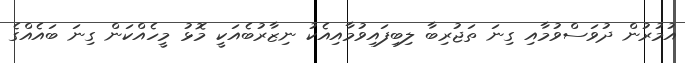
އުމުރުން ދުވަސްވުމާއި ގިނަ ތަޖުރިބާ ލިބިފައިވުމާއިއެކު ނިޒާރުބެއަކީ މޮޅު މީހެއްކަން ގިނަ ބައެއްގެ